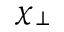
\chi _ { \perp }